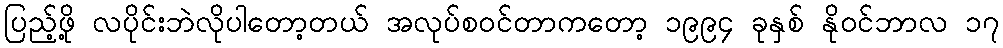
ပြည့်ဖို့ လပိုင်းဘဲလိုပါတော့တယ် အလုပ်စဝင်တာကတော့ ၁၉၉၄ ခုနှစ် နိုဝင်ဘာလ ၁၇